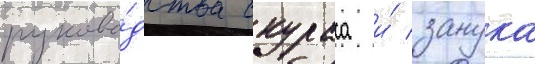
руково́дства скураса и́ занука